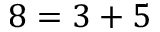
8 = 3 + 5